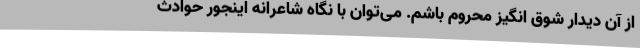
از آن دیدار شوق انگیز محروم باشم. می‌توان با نگاه شاعرانه اینجور حوادث